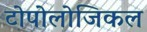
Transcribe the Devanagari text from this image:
टोपोलोजिकल